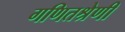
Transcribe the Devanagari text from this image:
गणितश्रेणी